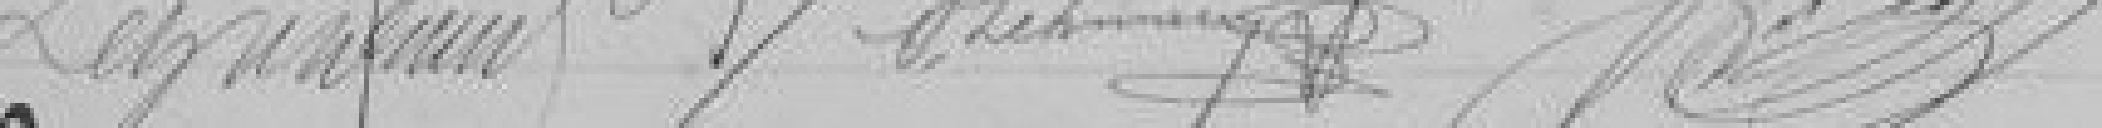
LEYM??         S. LEHMANN ...??     ???